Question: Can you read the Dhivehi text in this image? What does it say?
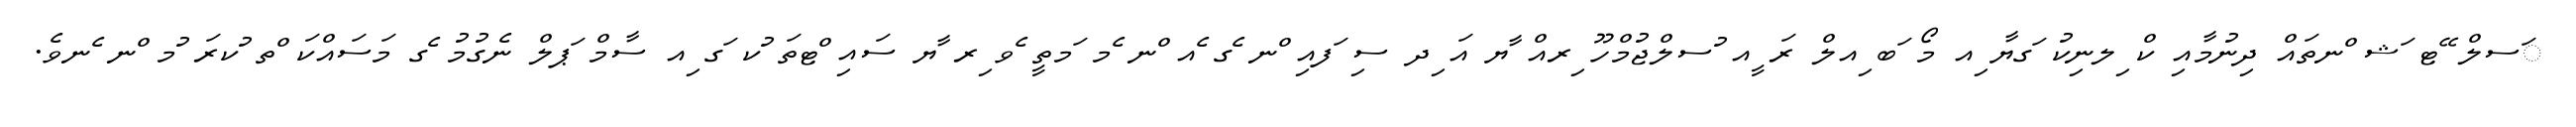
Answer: ަސލް ޭޓ ަޝ ްނތައް ދިނުމާއި ކް ިލނިކު ަގޔާ ިއ މޯ ަބ ިއލް ރަ ީއ ުސލްޖުމްހޫ ިރއް ާޔ އަ ިދ ސި ަފއި ްނ ެގ ެއ ްނ ެމ ަމތީ ެވ ިރ ާޔ ސައި ްޓތަ ުކ ަގ ިއ ސާމް ަޕލް ނެގުމު ެގ މަސައްކަ ްތ ުކރަ ުމ ްނ ެނވެ.